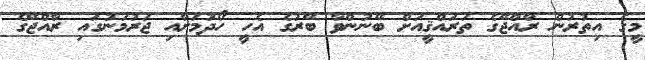
މީގެ އިތުރުން ރާއްޖޭގެ ތަރައްޤީއަށް ބޭނުންވާ ބޭރުގެ އެހީ ހޯދުމަށާއި ޖަރުމަނުގައި ރާއްޖޭގެ